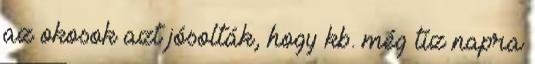
az okosok azt jósolták, hogy kb. még tíz napra